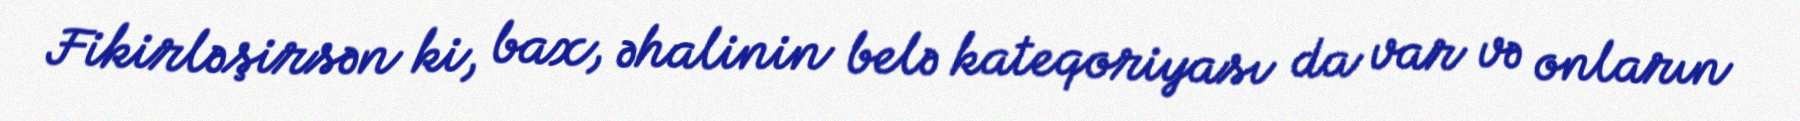
Fikirləşirsən ki, bax, əhalinin belə kateqoriyası da var və onların